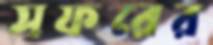
সফরের